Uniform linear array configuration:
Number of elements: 16
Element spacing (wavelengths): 0.25
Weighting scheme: hamming
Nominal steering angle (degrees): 0
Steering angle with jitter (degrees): -1.382
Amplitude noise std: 0.05
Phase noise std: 0.05

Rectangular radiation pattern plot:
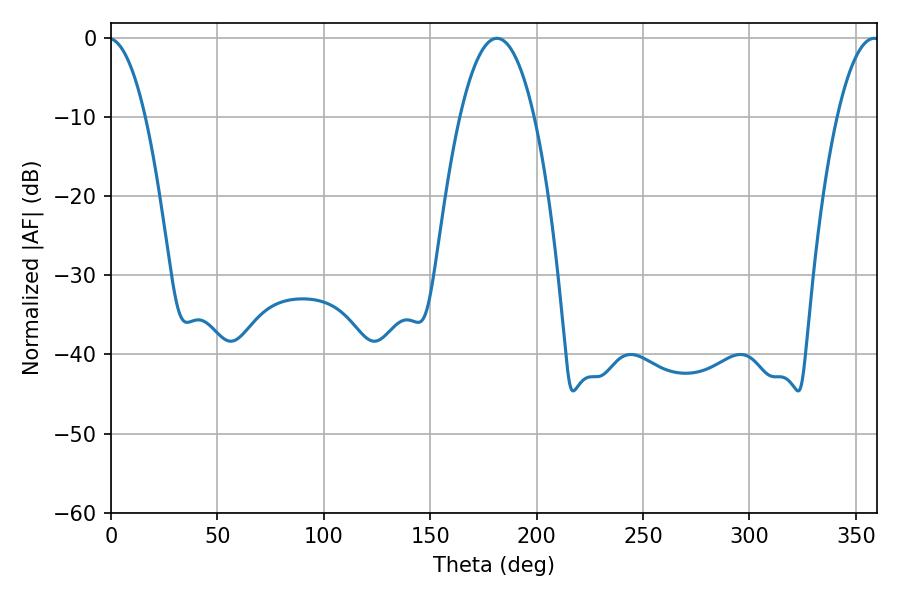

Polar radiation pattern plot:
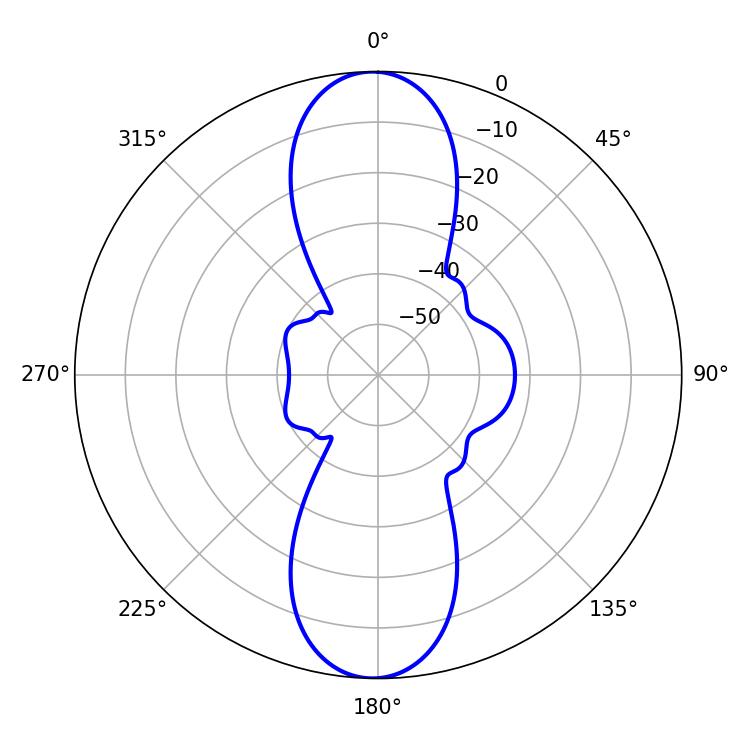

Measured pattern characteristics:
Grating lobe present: FALSE
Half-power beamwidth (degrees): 19.26
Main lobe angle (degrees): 181.44